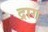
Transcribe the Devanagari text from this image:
द्राग